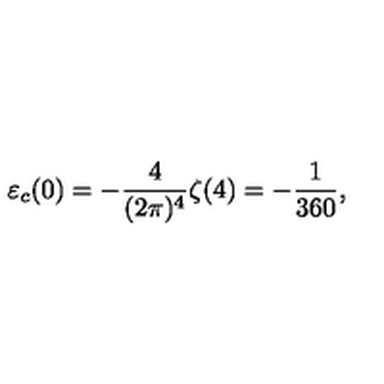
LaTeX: \varepsilon _ { c } ( 0 ) = - \frac { 4 } { ( 2 \pi ) ^ { 4 } } \zeta ( 4 ) = - { \frac { 1 } { 3 6 0 } } ,